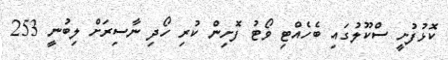
ކޮޅުފުށީ ސްކޫލުގައި ބެހެއްޓި ވޯޓު ފޮށިން ކުރި ހޯދި ނާސިރަށް ލިބުނީ 253